Vaccination in Bombay 1889-1901 - 1889-1901
Year: 1889
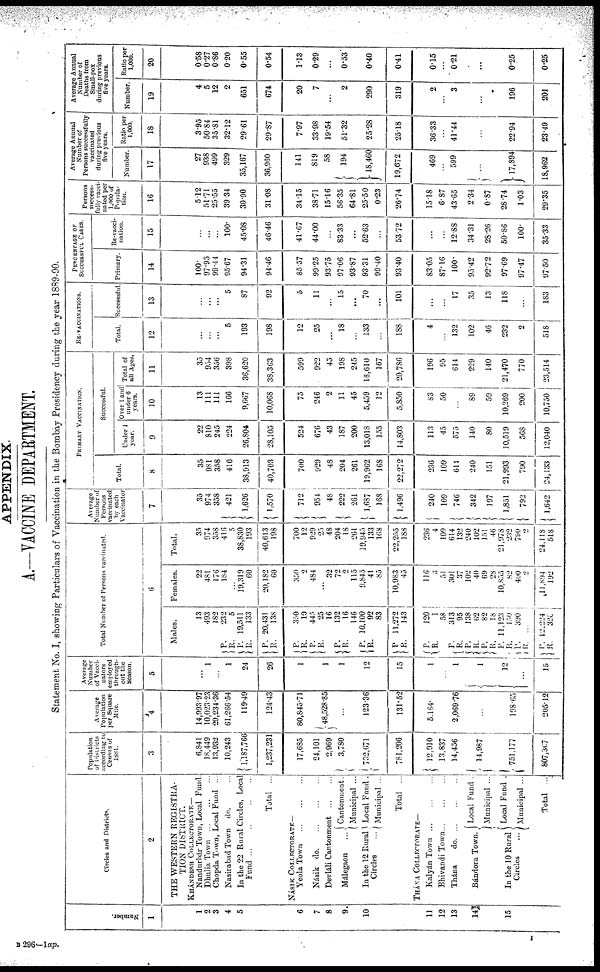
APPENDIX.
A.—VACCINE DEPARTMENT.
Statement No. I, showing Particulars of Vaccination in the Bombay Presidency during the year 1889-90.
Number.
1
1
2
3
4
5
6
7
8
9
10
11
12
13
14
15
Circles and Districts.
2
THE WESTERN REGISTRA-
TION DISTRICT.
KHÁNDESH COLLECTORATE —
Nandurbár Town, Local Fund.
Ðhulia Town ...
...
...
Chopda Town, Local Fund ...
Nasirabad Town do. ...
In the 22 Rural Circles, Local
Fund ...
..
...
...
Total ...
NÁSIK COLLECTORATE—
Yeola Town
...
...
...
Násik
do. ... ... ...
Devláli Cantonment ... ...
Málegaon ...
In the 12 Rural
Circles ...
Cantonment.
Municipal ...
Local Fund .
Municipal ...
Total ...
THÁNA COLLECTORATE—
Kalyán
Town...
...
...
Bhivandi Town... ... ...
Thána
do. ... ... ...
Bándora Town.
In the 10 Rural
Circles
...
Local Fund .
Municipal ...
Local Fund .
Municipal ...
Total ...
Population
of Districts
according to
Census of
1881.
3
6,841
18,449
13,932
10,243
1,187,766
1,237,231
17,685
24,101
2,969
3,780
732,671
781,206
12,910
13,837
14,456
14,987
751,177
807,367
Average
Population
per Square
Mile.
4
14,993.97
10,023.23
29,234.36
61,266.54
119.49
124.43
80,845.71
48,528.85
...
123.36
131.52
5,164
2,069.76
...
198.65
205.12
Average
Number
of Vacci¬
nators
employed
through-
out the
Season.
5
...
1
...
1
24
26
1
1
1
12
15
1
...
1
1
12
...
15
Total Number of Persons vaccinated.
6
Males.
13
493
182
P.
R.
P.
R.
P.
R.
232
5
19,511
133
20,431
138
P.
R.
P.
R.
350
10
445
25
16
P.
R.
P.
R.
P.
R.
132
16
146
10,100
92
83
11,272
143
P.
R.
120
1
58
P.
R. P.
R.
P.
R.
P.
R.
P.
R.
P .
R.
313
95
138
62
82
18
11,123
150
390
...
12,224
326
Females.
22
481
176
184
...
19,319
60
20,182
60
350 2
484
...
32
72
2
115
9,845
41
85
10,983
45
116
3
51
301
37
102
40
69
28
10,855
82
400
2
11,894
192
Total.
35
974
358
416
5
38,830
193
40,613
198
700 12
929
25
48
204
18
261
19,945
133
168
22,255
188
236
4
109
614
132
240
102
151
46
21,978
232
790
2
24,118
518
Average
Number of
Persons
vaccinated
by each
Vaccinator
7
35
974
358
421
1,626
1,570
712
954
48
222
261
1,687
168
1,496
240
109
746
342
197
1,851
792
1,642
PRIMARY VACCINATION.
Total.
8
35
981
358
416
38,913
40,703
700
929
48
204
261
19,962
168
22,272
236
109
614
240
151
21,993
790
24,133
Successful.
Under 1
year.
9
22
810
245
224
26,804
28,105
524
676
43
187
200
13,018
155
14,803
113
45
575
140
80
10,519
568
12,040
Over 1 and
under 6
years.
10
13
111
111
166
9,667
10,068
75
246
2
11
45
5,459
12
5,850
83
50
...
89
59
10,269
200
10,750
Total of
all Ages.
11
35
954
356
398
36,620
38,363
599
922
45
198
245
18,610
167
20,786
196
95
614
229
140
21,470
770
23,514
RE-VACCINATIONS.
Total.
12
...
...
...
5
193
198
12
25
...
18
...
133
...
188
4
...
132
102
46
232
2
518
Successful
13
...
...
...
5
87
92
5
11
...
15
...
70
...
101
...
...
17
35
13
118
...
183
PERCENTAGE OF
SUCCESSFUL CASES.
Primary.
14
100.
97.95
99.44
95.67
94.31
94.46
85.57
99.25
93.75
97.06
93.87
93.31
99.40
93.40
83.05
87.16
100.
95.42
92.72
97.69
97.47
97.50
Re-vacci-
nation.
15
...
...
...
100.
45.08
46.46
41.67
44.00
...
83.33
...
52.63
...
53.72
...
...
12.88
34.31
28.26
50.86
100.
35.33
Persons
success-
fully vacci¬
nated per
1,000 of
Popula-
tion.
16
5.12
51.71
25.55
39.34
30.90
31.08
34.15
38.71
15.16
56.35
64.81
25.50
0.23
26.74
15.18
6.87
43.65
2.34
0.87
28.74
1.03
29.35
Average Annual
Number of
Persons successfully
vaccinated
during previous
five years.
Number.
17
27
938
499
329
35,167
36,960
141
819
58
194
18,460
19,672
469
...
599
...
17,894
18,962
Ratio per
1,000.
18
3.95
50.84
35.81
32.12
29.61
29.87
7.97
33.98
19.54
51.32
25.28
25.18
36.33
...
41.44
...
22.94
23.49
Average Annual
Number of
Deaths from
Small-pox
during previous
five years.
Number.
19
4
5
12
2
651
674
20
7
...
2
290
319
2
...
3
...
196
201
Ratio per
1,000.
20
0.58
0.27
0.86
0.20
0.55
0.54
1.13
0.29
...
0.53
0.40
0.41
0.15
...
0.21
...
0.25
0.25
B 296—1 ap.
1